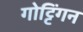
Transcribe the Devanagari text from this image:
गोट्टिंगन